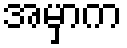
အမှာက